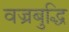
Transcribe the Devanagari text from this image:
वज्रबुद्धि